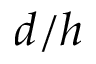
d / h